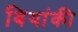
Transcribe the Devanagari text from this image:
बियांकी